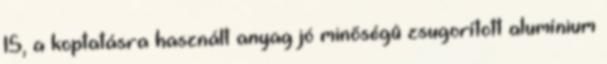
15, a koptatásra használt anyag jó minõségû zsugorított alumínium